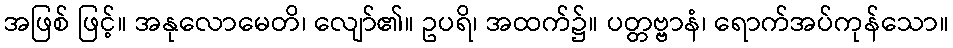
အဖြစ် ဖြင့်။ အနုလောမေတိ၊ လျော်၏။ ဥပရိ၊ အထက်၌။ ပတ္တဗ္ဗာနံ၊ ရောက်အပ်ကုန်သော။